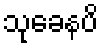
သုခေနပိ